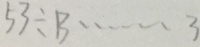
5 3 \div B \cdots 3